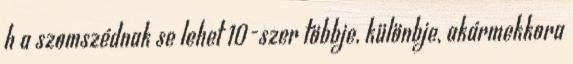
h a szomszédnak se lehet 10-szer többje, különbje, akármekkora